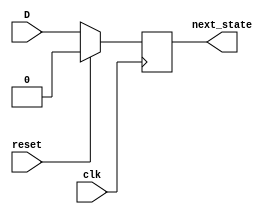
`timescale 1ns / 1ps
//////////////////////////////////////////////////////////////////////////////////
// Company: 
// Engineer: 
// 
// Design Name: 
// Module Name: D_FlipFlop
// Project Name: 
// Target Devices: 
// Tool Versions: 
// Description: 
// 
// Dependencies: 
// 
// Revision:
// Revision 0.01 - File Created
// Additional Comments:
// 
//////////////////////////////////////////////////////////////////////////////////


module D_FlipFlop(
    input D,
    input reset,
    input clk,
    output reg next_state
    );
   always@(posedge clk)
        if (reset)
            next_state=1'b0;
        else 
            next_state=D;
endmodule